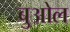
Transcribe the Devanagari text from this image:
बुओल